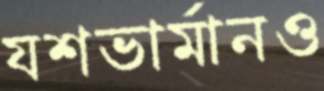
যশভার্মানও